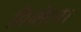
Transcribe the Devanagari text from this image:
मिजोरम।